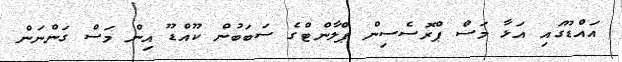
އައްޑޫގަައި އަޅާ މަސް ޕްރޮސެސިން ޕްލާންޓްގެ ސަބަބުން ކޫއްޑޫ އިން މަސް ގަންނަން